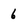
Character: 6